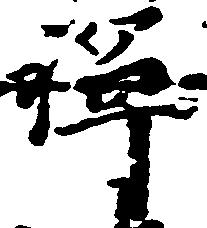
禅